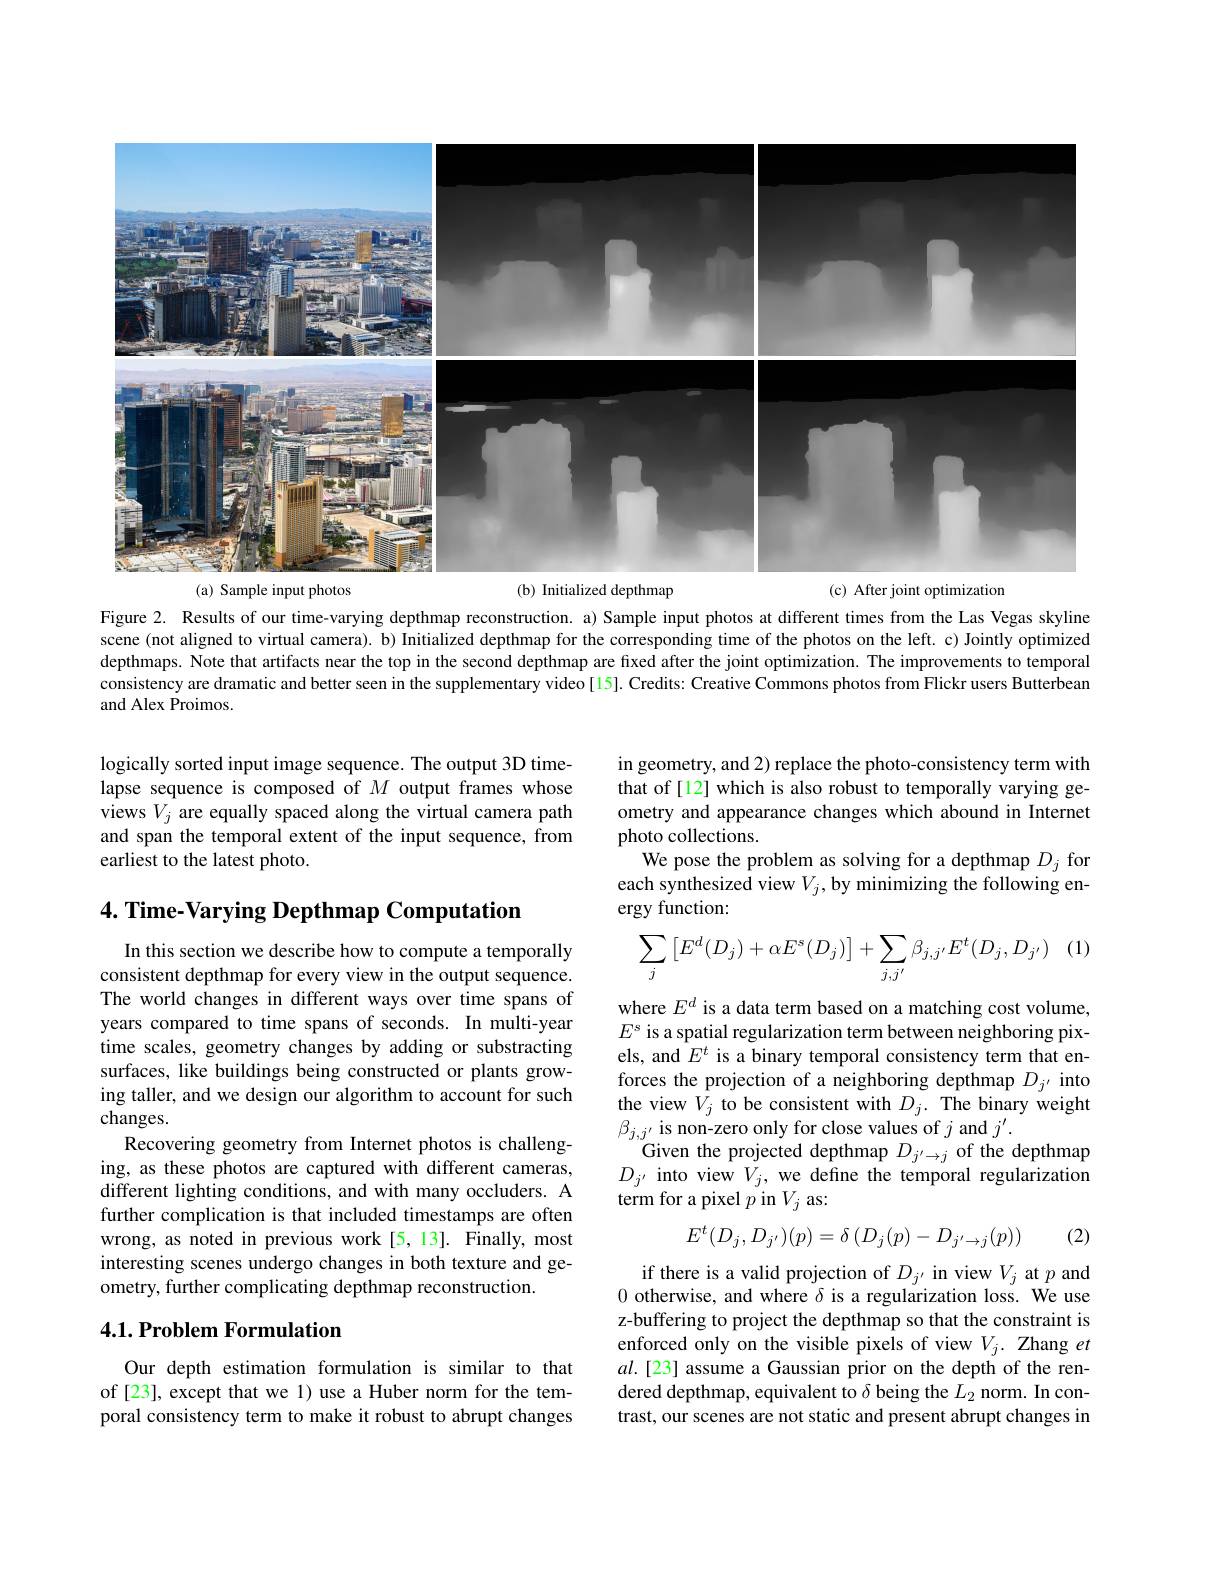
<FigureHere>
(a) Sample input photos
(c) After joint optimization
(b) Initialized depthmap

Figure 2. Results of our time-varying depthmap reconstruction. a) Sample input photos at different times from the Las Vegas skyline scene (not aligned to virtual camera). b) Initialized depthmap for the corresponding time of the photos on the left. c) Jointly optimized depthmaps. Note that artifacts near the top in the second depthmap are fixed after the joint optimization. The improvements to temporal consistency are dramatic and better seen in the supplementary video[15]. Credits: Creative Commons photos from Flickr users Butterbean and Alex Proimos.

logically sorted input image sequence. The output 3D timelapse sequence is composed of $M$ output frames whose views $V_j$ are equally spaced along the virtual camera path and span the temporal extent of the input sequence, from earliest to the latest photo.

## $4. \textbf{ Time- Varying Depthmap Computation}$

In this section we describe how to compute a temporally consistent depthmap for every view in the output sequence. The world changes in different ways over time spans of years compared to time spans of seconds. In multi-year time scales, geometry changes by adding or substracting surfaces, like buildings being constructed or plants growing taller, and we design our algorithm to account for such changes.
Recovering geometry from Internet photos is challenging, as these photos are captured with different cameras, different lighting conditions, and with many occluders. A further complication is that included timestamps are often wrong, as noted in previous work [5,13]. Finally, most interesting scenes undergo changes in both texture and geometry, further complicating depthmap reconstruction.

### $4. 1. \textbf{Problem Formulation}$

Our depth estimation formulation is similar to that of [23], except that we 1) use a Huber norm for the temporal consistency term to make it robust to abrupt changes

in geometry, and 2) replace the photo-consistency term with that of[12] which is also robust to temporally varying geometry and appearance changes which abound in Internet photo collections.
We pose the problem as solving for a depthmap $D_j$ for each synthesized view $V_j$, by minimizing the following energy function:
$$\sum_{j}\begin{bmatrix}E^d(D_j)+\alpha E^s(D_j)\end{bmatrix}+\sum_{j,j'}\beta_{j,j'}E^t(D_j,D_{j'})$$
where $E^d$ is a data term based on a matching cost volume, $E^s$ is a spatial regularization term between neighboring pixels, and $E^t$ is a binary temporal consistency term that enforces the projection of a neighboring depthmap $D_{j^{\prime}}$ into the view $V_j$ to be consistent with $D_j.$ The binary weight $\beta_{j,j^{\prime}}$ is non-zero only for close values of $j$ and $j^\prime.$
Given the projected depthmap $D_{j^{\prime}\to j}$ of the depthmap $D_{j^{\prime}}$ into view $V_j$, we define the temporal regularization term for a pixel $p$ in $V_j$ as:

(2)
$$E^t(D_j,D_{j'})(p)=\delta\left(D_j(p)-D_{j'\to j}(p)\right)$$
if there is a valid projection of $D_{j^{\prime}}$ in view $V_j$ at $p$ and 0 otherwise, and where $\delta$ is a regularization loss. We use z-buffering to project the depthmap so that the constraint is enforced only on the visible pixels of view $V_j.$ Zhang $et$ $al.[23]$ assume a Gaussian prior on the depth of the rendered depthmap, equivalent to $\delta$ being the $L_2$ norm. In contrast, our scenes are not static and present abrupt changes in